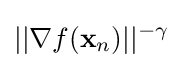
||\nabla f(\mathbf {x} _{n})||^{-\gamma }